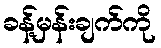
ခန့်မှန်းချက်ကို